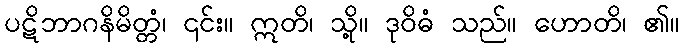
ပဋိဘာဂနိမိတ္တံ၊ ၎င်း။ ဣတိ၊ သို့။ ဒုဝိဓံ သည်။ ဟောတိ၊ ၏။